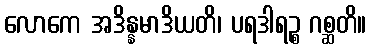
လောကေ အဒိန္နမာဒိယတိ၊ ပရဒါရဉ္စ ဂစ္ဆတိ။